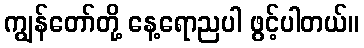
ကျွန်တော်တို့ နေ့ရောညပါ ဖွင့်ပါတယ်။